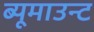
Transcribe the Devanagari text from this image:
ब्यूमाउन्ट